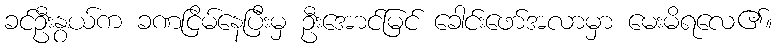
ခင်ဦးနွယ်က ခဏငြိမ်နေပြီးမှ ဦးအောင်မြင် ခေါင်းဖော်အလာမှာ မေးမိရလေ၏။